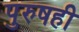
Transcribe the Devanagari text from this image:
पुरुषही